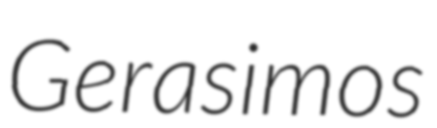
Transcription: Gerasimos